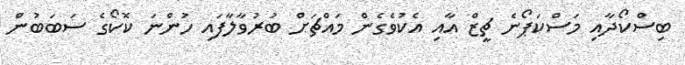
ބިސްކޯދާއި މަސްކަޕޯނެ ޗީޒް އާއި އެކުވެގެން މައްޗަށް ބުރުވާލާފައި ހުންނަ ކޮކޯގެ ސަބަބުން